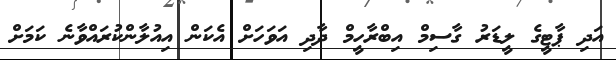
އަދި ޕާޓީގެ ލީޑަރު ގާސިމް އިބްރާހީމް ދާދި އަވަހަށް އެކަން އިއުލާންކުރައްވާނެ ކަމަށް